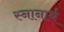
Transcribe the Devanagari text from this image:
स्‍नानार्थ